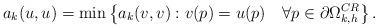
LaTeX: \begin{align*} a_k(u,u)=\min\left\{a_k(v,v):v(p)=u(p)\quad\forall p\in\partial\Omega^{CR}_{k,h}\right\}.\end{align*}